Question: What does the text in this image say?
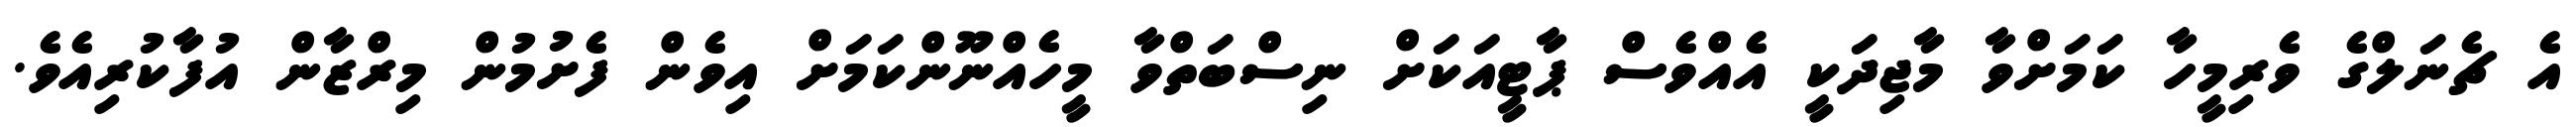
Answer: އެ ޗެނަލްގެ ވެރިމީހާ ކަމަށްވާ މާޖިދަކީ އެއްވެސް ޕާޓީއަކަށް ނިސްބަތްވާ މީހެއްނޫންކަމަށް އިވެން ފެށުމުން މިރްޒާން އުފާކުރިއެވެ.